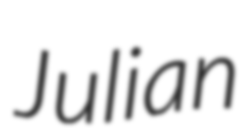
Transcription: Julian